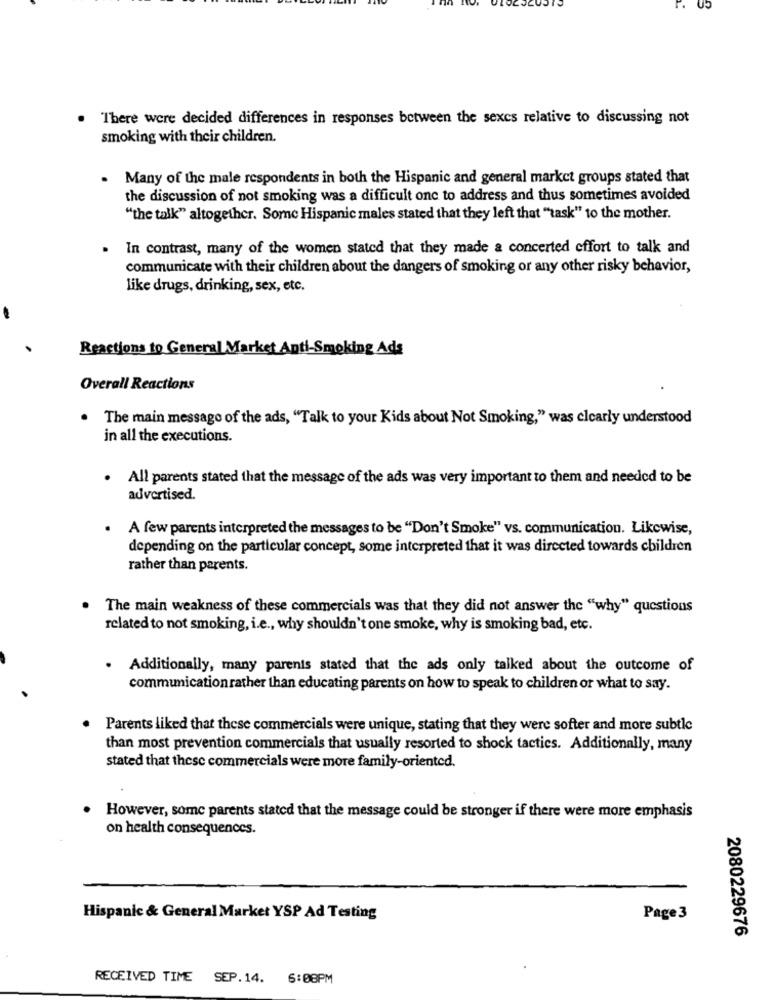
There were decided differences in responses between the sexes relative to discussing not
smoking with their children.
.
Many of the male respondents in both the Hispanic and general market groups stated that
the discussion of not smoking was a difficult one to address and thus sometimes avoided
"the talk" altogether. Some Hispanic males stated that they left that "task" to the mother.
In contrast, many of the women stated that they made a concerted effort to talk and
communicate with their children about the dangers of smoking or any other risky behavior,
like drugs, drinking, sex, etc.
Reactions to General Market Anti-Smoking Ads
Overall Reactions
The main message of the ads, "Talk to your Kids about Not Smoking," was clearly understood
in all the executions.
. All parents stated that the message of the ads was very important to them and needed to be
advertised.
. A few parents interpreted the messages to be "Don't Smoke" vs. communication. Likewise,
depending on the particular concept, some interpreted that it was directed towards children
rather than parents.
The main weakness of these commercials was that they did not answer the "why" questions
related to not smoking, i.e ., why shouldn't one smoke, why is smoking bad, etc.
. Additionally, many parenis stated that the ads only talked about the outcome of
communication rather than educating parents on how to speak to children or what to say.
Parents liked that these commercials were unique, stating that they were softer and more subtle
than most prevention commercials that usually resorted to shock tactics. Additionally, many
stated that these commercials were more family-oriented.
However, some parents stated that the message could be stronger if there were more emphasis
on health consequences.
Hispanic & General Market YSP Ad Testing
Page3
2080229676
RECEIVED TIME SEP.14. 6:08PM